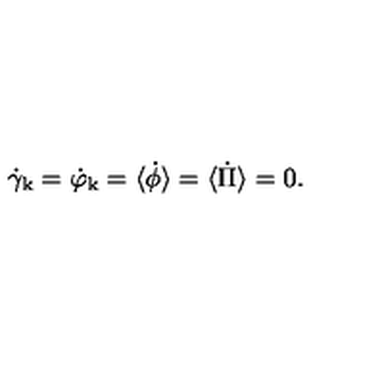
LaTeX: \dot { \gamma } _ { \mathrm { k } } = \dot { \varphi } _ { \mathrm { k } } = \langle \dot { \phi } \rangle = \langle \dot { \Pi } \rangle = 0 .